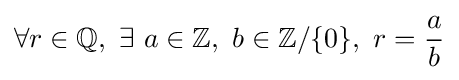
\forall r\in \mathbb {Q} ,\ \exists \ a\in \mathbb {Z} ,\ b\in \mathbb {Z} /\{0\},\ r={\frac {a}{b}}